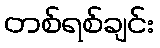
တစ်ရစ်ချင်း